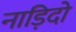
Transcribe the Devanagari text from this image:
नाड़िदो